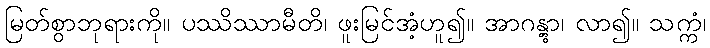
မြတ်စွာဘုရားကို။ ပဿိဿာမီတိ၊ ဖူးမြင်အံ့ဟူ၍။ အာဂန္တွာ၊ လာ၍။ သက္ကံ၊